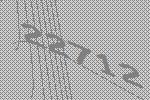
22712